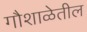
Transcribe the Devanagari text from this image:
गौशाळेतील